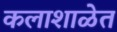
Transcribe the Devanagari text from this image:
कलाशाळेत